Leaving Certificate Examination, 1912
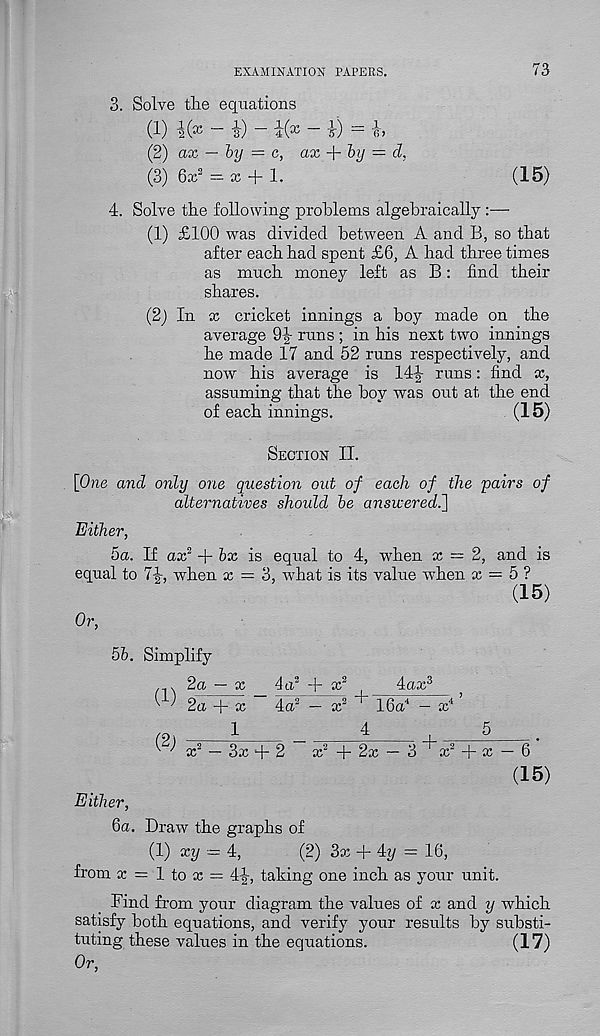
EXAMINATION PAPERS.
73
3. Solve tlie equations
(1) i(x - |) - i(x - i) = h
(2) ax — by = c, ax
by = cl,
(3) 6x 2 =• x + 1.
(15)
4. Solve tlie following problems algebraically :—
(1) £100 was divided between A and B, so that
after each had spent £6, A had three times
as much money left as B: find their
shares.
(2) In x cricket innings a boy made on the
average 9|- runs ; in his next two innings
he made 17 and 52 runs respectively, and
now his average is 14-|- runs: find x,
assuming that the boy was out at the end
of each innings.
(15)
Section II.
[One and only one question out of each of the pairs of
alternatives should be answered^]
Either,
5a. If ox 2 + bx is equal to 4, when x = 2, and is
equal to 74-, when x = 3, what is its value when x = 5 ?
(15)
Or,
5b. Simplify
. 2a — x
4a 3 + x 2
4<xx 3
;
' 2a + x
4a 2 — x 2
16a 4 — x 4
x 2 - 3x + 2
x 2 + 2x - 3 + x 2 + x - 6
(15)
Either,
6a. Draw the graphs of
(1) xy - 4,
(2) 3x + 4y = 16,
from x = 1 to x = 4-|-, taking one inch as your unit.
Find from your diagram the values of x and y which
satisfy both equations, and verify your results by substi-
tuting these values in the equations.
(17)
Or,